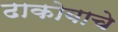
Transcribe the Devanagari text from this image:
ढाकोबाचे